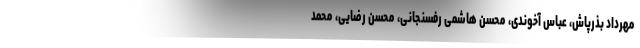
مهرداد بذرپاش، عباس آخوندی، محسن هاشمی رفسنجانی، محسن رضایی، محمد